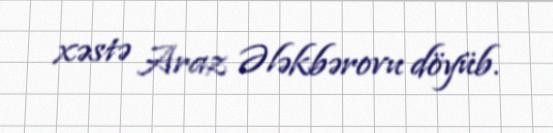
xəstə Araz Ələkbərovu döyüb.